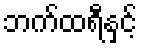
ဘက်ထရီနှင့်